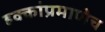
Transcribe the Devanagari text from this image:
हक्कांप्रमाणेच